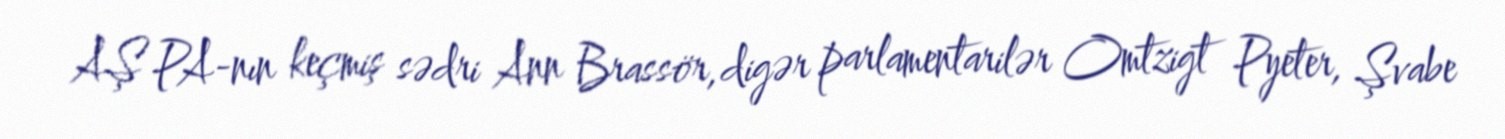
AŞ PA-nın keçmiş sədri Ann Brassör, digər parlamentarilər Omtzigt Pyeter, Şvabe